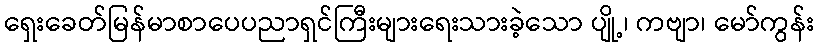
ရှေးခေတ်မြန်မာစာပေပညာရှင်ကြီးများရေးသားခဲ့သော ပျို့၊ ကဗျာ၊ မော်ကွန်း